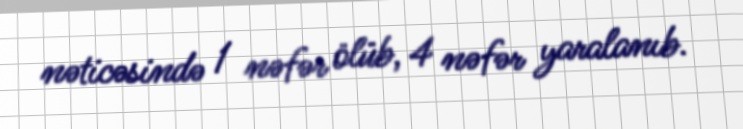
nəticəsində 1 nəfər ölüb, 4 nəfər yaralanıb.